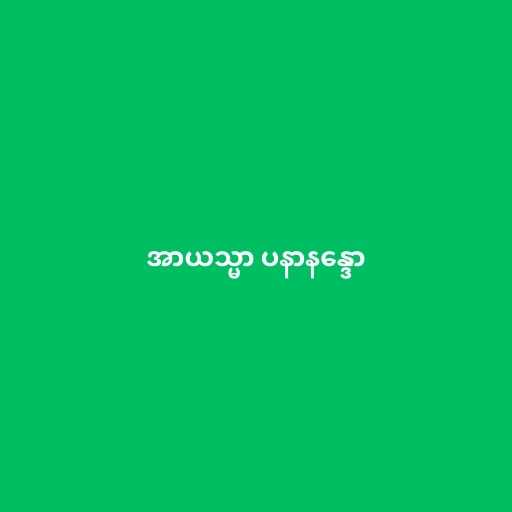
အာယသ္မာ ပနာနန္ဒော